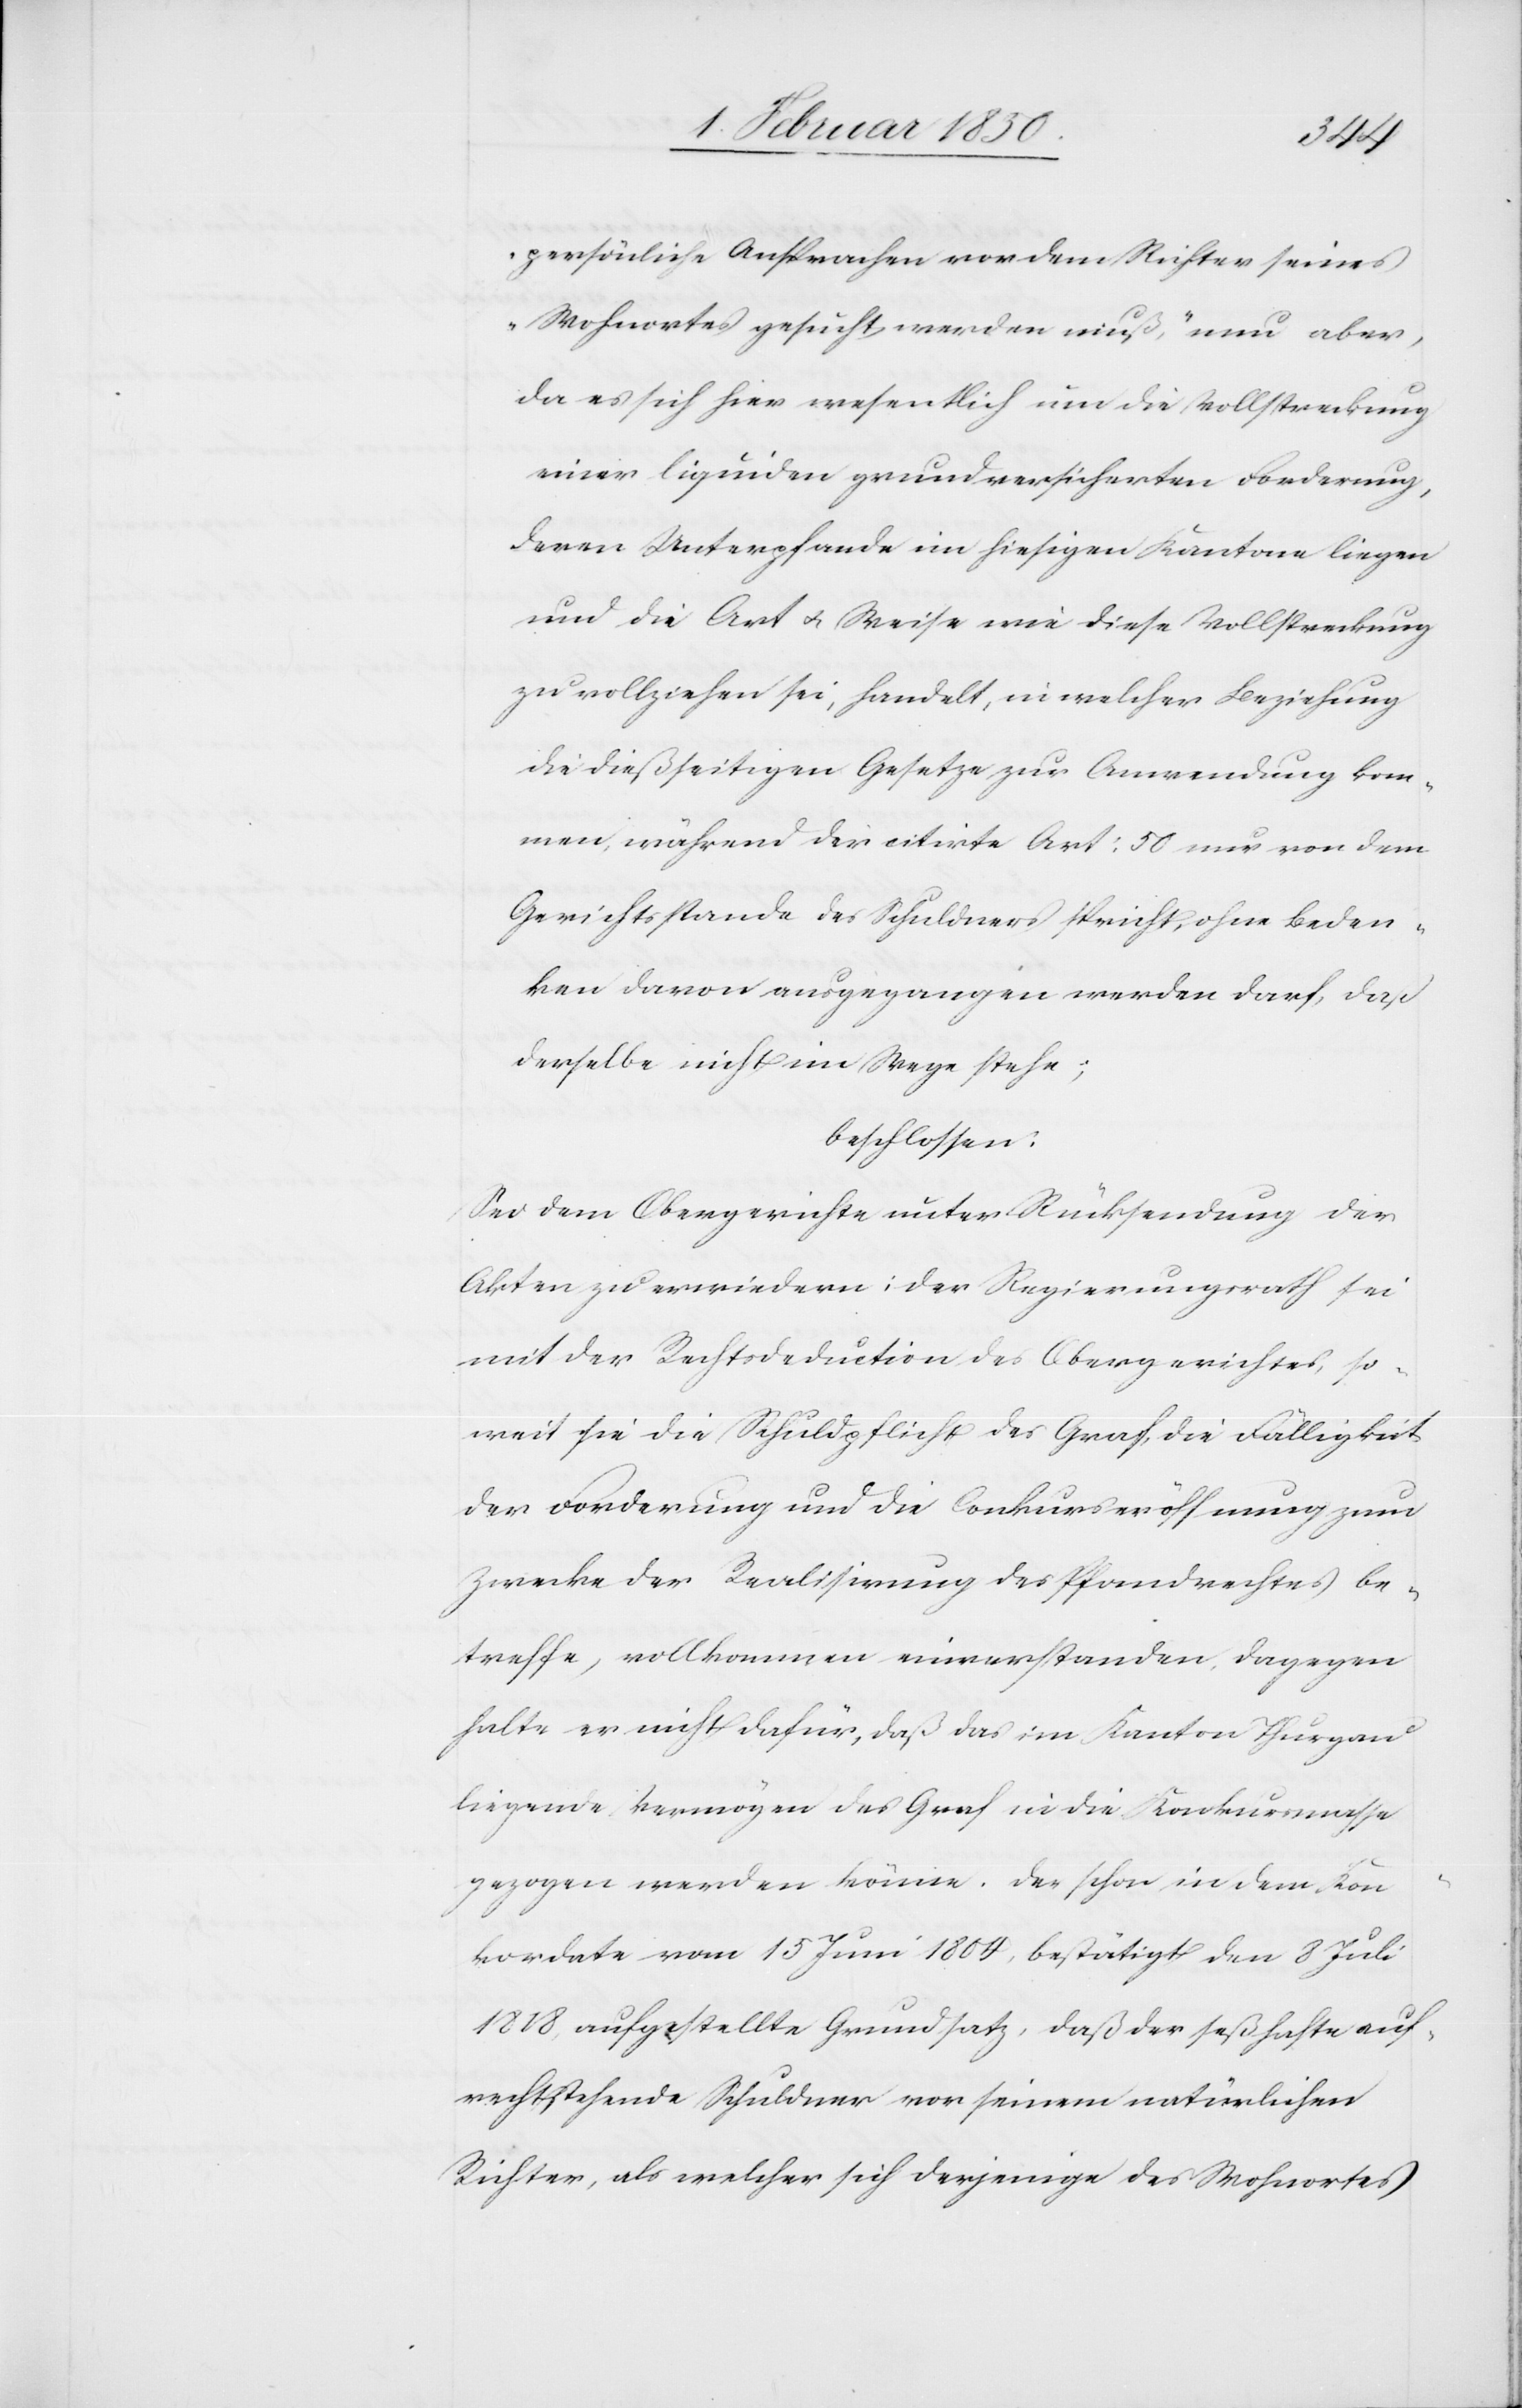
persönliche Ansprachen vor dem Richter seines
Wohnortes gesucht werden muß“, nun aber,
da es sich hier wesentlich um die Vollstreckung
einer liquiden grundversicherten Forderung,
deren Unterpfande im hiesigen Kantone liegen
und die Art u. Weise wie diese Vollstreckung
zu vollziehen sei, handelt, in welcher Beziehung
die dießseitigen Gesetze zur Anwendung kom¬
men, während der citirte Art: 50 nur von dem
Gerichtsstande des Schuldners spricht, ohne Beden¬
ken davon ausgegangen werden darf, daß
derselbe nicht im Wege stehe:
beschlossen:
Sei dem Obergerichte unter Rücksendung der
Akten zu erwiedern: Der Regierungsrath sei
mit der Rechtsdeduction des Obergerichtes, so¬
weit sie die Schuldpflicht des Graf, die Fälligkeit
der Forderung und die Conkurseröffnung zum
Zwecke der Realisirung des Pfandrechtes be¬
treffe, vollkommen einverstanden. Dagegen
halte er nicht dafür, daß das im Kanton Thurgau
liegende Vermögen des Graf in die Konkursmasse
gezogen werden könne. Der schon in dem Kon¬
kordate vom 15 Juni 1804, bestätigt den 8 Juli
1818, aufgestellte Grundsatz, daß der seßhafte auf¬
rechtstehende Schuldner vor seinem natürlichen
Richter, als welcher sich derjenige des Wohnortes